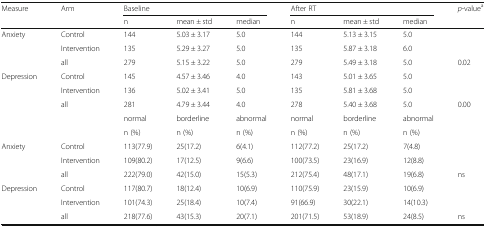
| Measure | Arm | <COLSPAN=3> Baseline | <COLSPAN=3> After RT | p-valuea |
 |  |  | n | mean ± std | median | n | mean ± std | median |  |
 | --- | --- | --- | --- | --- | --- | --- | --- | --- |
 | <ROWSPAN=3> Anxiety | Control | 144 | 5.03 ± 3.17 | 5.0 | 144 | 5.13 ± 3.15 | 5.0 |  |
 | Intervention | 135 | 5.29 ± 3.27 | 5.0 | 135 | 5.87 ± 3.18 | 6.0 |  |
 | all | 279 | 5.15 ± 3.22 | 5.0 | 279 | 5.49 ± 3.18 | 5.0 | 0.02 |
 | <ROWSPAN=5> Depression | Control | 145 | 4.57 ± 3.46 | 4.0 | 143 | 5.01 ± 3.65 | 5.0 |  |
 | Intervention | 136 | 5.02 ± 3.41 | 5.0 | 135 | 5.81 ± 3.68 | 5.0 |  |
 | all | 281 | 4.79 ± 3.44 | 4.0 | 278 | 5.40 ± 3.68 | 5.0 | 0.00 |
 |  | normal | borderline | abnormal | normal | borderline | abnormal |  |
 |  | n (%) | n (%) | n (%) | n (%) | n (%) | n (%) |  |
 | <ROWSPAN=3> Anxiety | Control | 113(77.9) | 25(17.2) | 6(4.1) | 112(77.2) | 25(17.2) | 7(4.8) |  |
 | Intervention | 109(80.2) | 17(12.5) | 9(6.6) | 100(73.5) | 23(16.9) | 12(8.8) |  |
 | all | 222(79.0) | 42(15.0) | 15(5.3) | 212(75.4) | 48(17.1) | 19(6.8) | ns |
 | <ROWSPAN=3> Depression | Control | 117(80.7) | 18(12.4) | 10(6.9) | 110(75.9) | 23(15.9) | 10(6.9) |  |
 | Intervention | 101(74.3) | 25(18.4) | 10(7.4) | 91(66.9) | 30(22.1) | 14(10.3) |  |
 | all | 218(77.6) | 43(15.3) | 20(7.1) | 201(71.5) | 53(18.9) | 24(8.5) | ns |